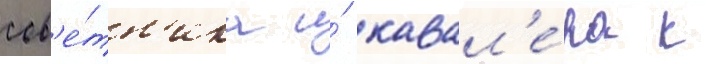
сов'е́тн'ика и́ кавал'е́ра к